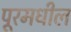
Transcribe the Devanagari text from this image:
पूरमधील